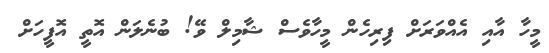
މީހާ އާއި އެއްވަރަށް ފިރިހެން މީހާވެސް ޝާމިލް ވޭ! ބުނެލަން އޮތީ އޮފީހަށް